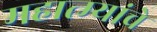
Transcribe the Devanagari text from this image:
महात्म्यांचे